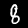
Digit: 8